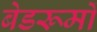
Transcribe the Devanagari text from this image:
बेडरूमों